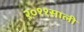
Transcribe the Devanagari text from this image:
२०११साली